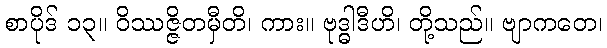
စာပိုဒ် ၁၃။ ဝိဿဇ္ဇိတမှီတိ၊ ကား။ ဗုဒ္ဓါဒီဟိ၊ တို့သည်။ ဗျာကတေ၊